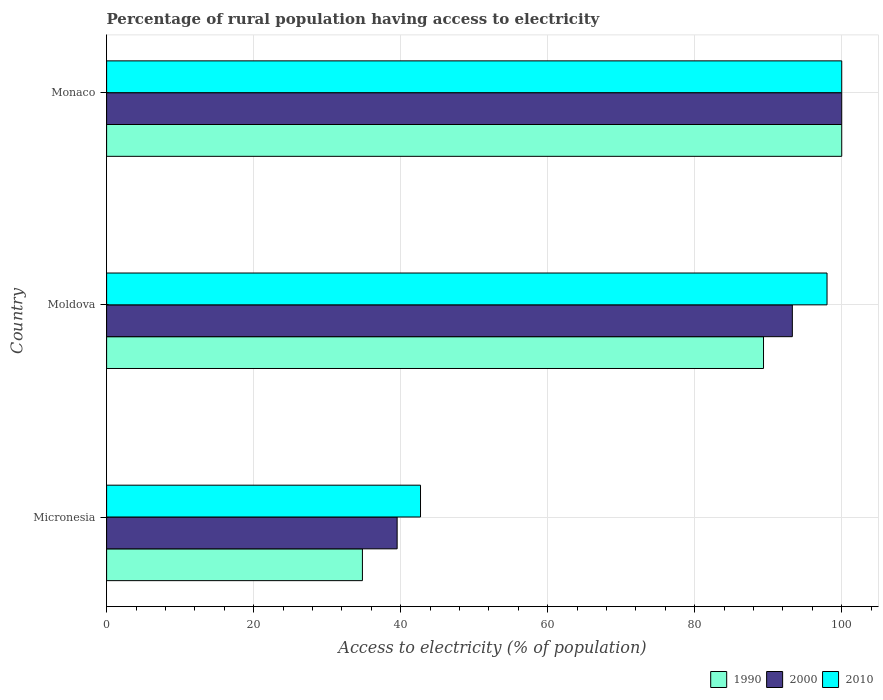
| Country | 1990 | 2000 | 2010 |
 | --- | --- | --- | --- |
 | Micronesia | 34.8 | 39.5 | 42.7 |
 | Moldova | 89.4 | 93.3 | 98 |
 | Monaco | 100 | 100 | 100 |